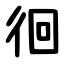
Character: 徊